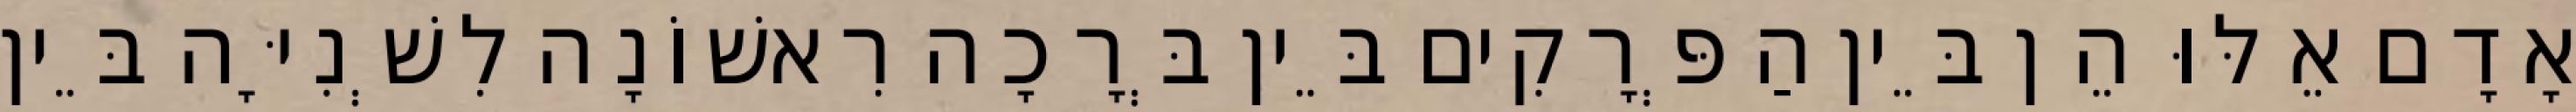
אָדָם אֵלּוּ הֵן בֵּין הַפְּרָקִים בֵּין בְּרָכָה רִאשׁוֹנָה לִשְׁנִיָּה בֵּין